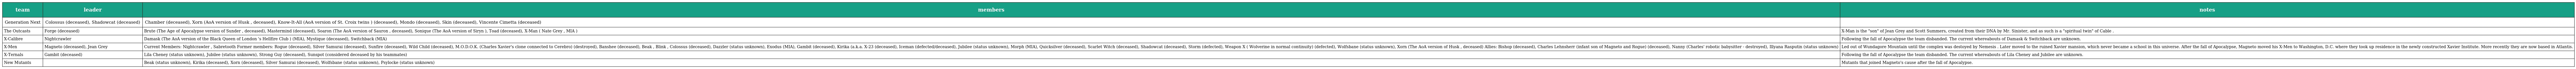
| team | leader | members | notes |
 | --- | --- | --- | --- |
 | Generation Next | Colossus (deceased), Shadowcat (deceased) | Chamber (deceased), Xorn (AoA version of Husk , deceased), Know-It-All (AoA version of St. Croix twins ) (deceased), Mondo (deceased), Skin (deceased), Vincente Cimetta (deceased) |  |
 | The Outcasts | Forge (deceased) | Brute (The Age of Apocalypse version of Sunder , deceased), Mastermind (deceased), Soaron (The AoA version of Sauron , deceased), Sonique (The AoA version of Siryn ), Toad (deceased), X-Man ( Nate Grey , MIA ) | X-Man is the "son" of Jean Grey and Scott Summers, created from their DNA by Mr. Sinister, and as such is a "spiritual twin" of Cable . |
 | X-Calibre | Nightcrawler | Damask (The AoA version of the Black Queen of London 's Hellfire Club ) (MIA), Mystique (deceased), Switchback (MIA) | Following the fall of Apocalypse the team disbanded. The current whereabouts of Damask & Switchback are unknown. |
 | X-Men | Magneto (deceased), Jean Grey | Current Members: Nightcrawler , Sabretooth Former members: Rogue (deceased), Silver Samurai (deceased), Sunfire (deceased), Wild Child (deceased), M.O.D.O.K. (Charles Xavier's clone connected to Cerebro) (destroyed), Banshee (deceased), Beak , Blink , Colossus (deceased), Dazzler (status unknown), Exodus (MIA), Gambit (deceased), Kirika (a.k.a. X-23 (deceased), Iceman (defected/deceased), Jubilee (status unknown), Morph (MIA), Quicksilver (deceased), Scarlet Witch (deceased), Shadowcat (deceased), Storm (defected), Weapon X ( Wolverine in normal continuity) (defected), Wolfsbane (status unknown), Xorn (The AoA version of Husk , deceased) Allies: Bishop (deceased), Charles Lehnsherr (infant son of Magneto and Rogue) (deceased), Nanny (Charles' robotic babysitter - destroyed), Illyana Rasputin (status unknown) | Led out of Wundagore Mountain until the complex was destoyed by Nemesis . Later moved to the ruined Xavier mansion, which never became a school in this universe. After the fall of Apocalypse, Magneto moved his X-Men to Washington, D.C. where they took up residence in the newly constructed Xavier Institute. More recently they are now based in Atlantis. |
 | X-Ternals | Gambit (deceased) | Lila Cheney (status unknown), Jubilee (status unknown), Strong Guy (deceased), Sunspot (considered deceased by his teammates) | Following the fall of Apocalypse the team disbanded. The current whereabouts of Lila Cheney and Jubilee are unknown. |
 | New Mutants |  | Beak (status unknown), Kirika (deceased), Xorn (deceased), Silver Samurai (deceased), Wolfsbane (status unknown), Psylocke (status unknown) | Mutants that joined Magneto's cause after the fall of Apocalypse. |